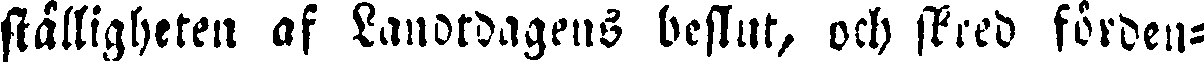
ställigheten af Landtdagens beslut, och stred förden-